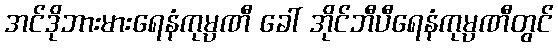
အင်ဒိုဘားမားရေနံကုမ္ပဏီ ခေါ် အိုင်ဘီပီရေနံကုမ္ပဏီတွင်